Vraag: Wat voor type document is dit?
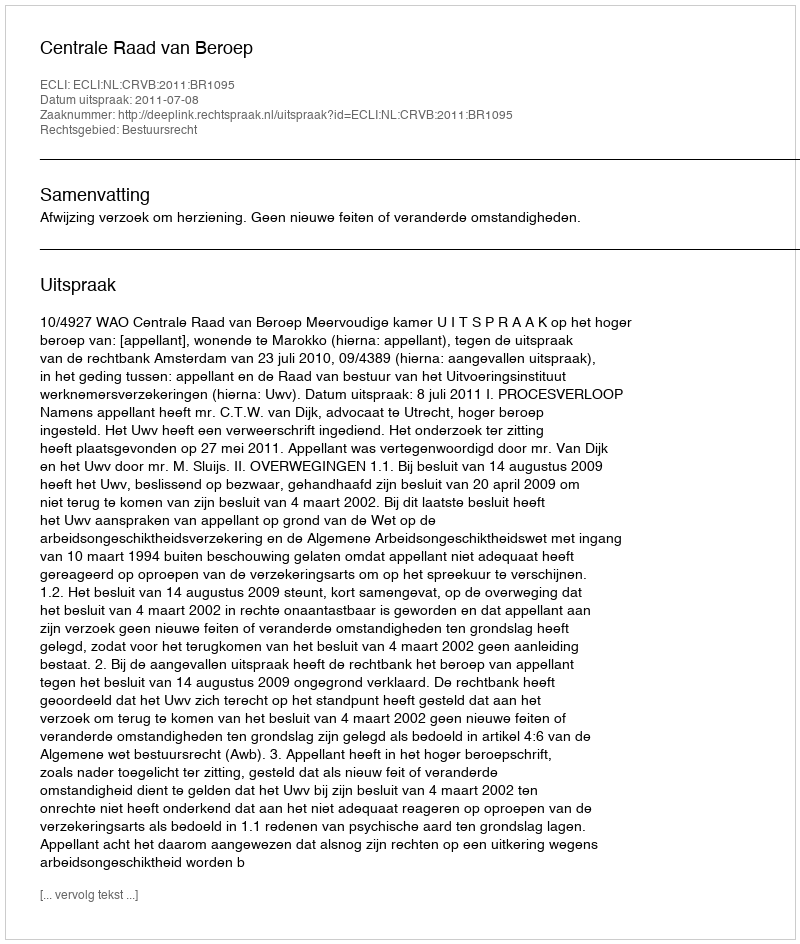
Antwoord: Uitspraak